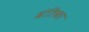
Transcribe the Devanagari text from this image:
व्रंतिका